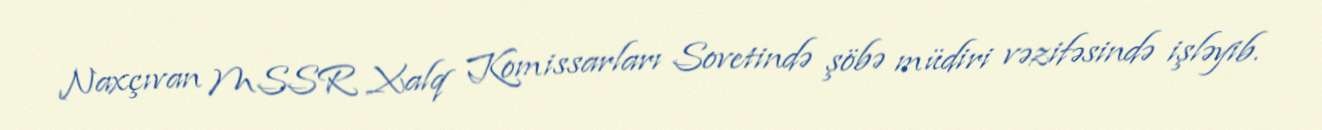
Naxçıvan MSSR Xalq Komissarları Sovetində şöbə müdiri vəzifəsində işləyib.